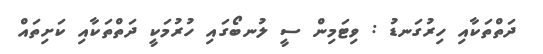
ދަތްތަކާއި ހިރުގަނޑު : ވިޓަމިން ސީ ލުނބޯގައި ހުރުމަކީ ދަތްތަކާއި ކަށިތައް